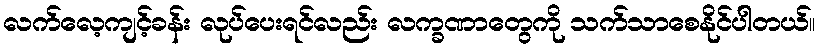
လက်လေ့ကျင့်ခန်း လုပ်ပေးရင်လည်း လက္ခဏာတွေကို သက်သာစေနိုင်ပါတယ်။